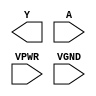
module sky130_fd_sc_hs__clkdlyinv5sd2 (
    Y   ,
    A   ,
    VPWR,
    VGND
);

    output Y   ;
    input  A   ;
    input  VPWR;
    input  VGND;
endmodule